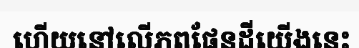
ហើយនៅលើភពផែនដីយើងនេះ